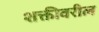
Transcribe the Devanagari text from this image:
शक्तीवरील